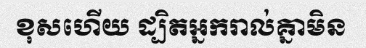
ខុសហើយ ដ្បិតអ្នករាល់គ្នាមិន